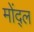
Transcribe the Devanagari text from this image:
मोंद्ल